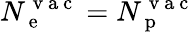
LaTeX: N_{\mathrm{~e~}}^{\mathrm{~v~a~c~}}=N_{\mathrm{~p~}}^{\mathrm{~v~a~c~}}